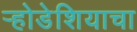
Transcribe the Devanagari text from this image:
र्‍होडेशियाचा